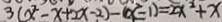
3 ( x ^ { 2 } - x + 2 x - 2 ) - ( x ^ { 2 } - 1 ) = 2 x ^ { 2 } + x